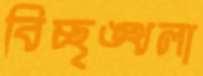
বিচ্ছৃঙ্খলা